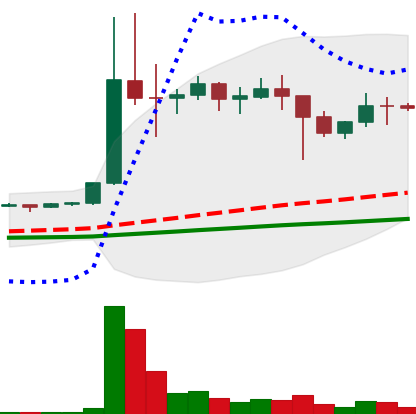
Ticker: DOGE-USD
Chart end date: 2021-01-16
Forward return: -11.862%
Label: down_7plus